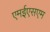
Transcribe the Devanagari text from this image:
एमईएसएम